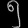
Digit: ၅